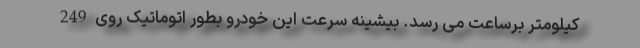
کیلومتر برساعت می رسد. بیشینه سرعت این خودرو بطور اتوماتیک روی 249